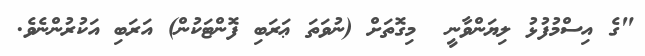
"ގެ އިސްމުފުޅު ލިޔަންވާނީ  މިގޮތަށް (ނުވަތަ ޢަރަބި ފޮންޓަކުން) އަރަބި އަކުރުންނެވެ.